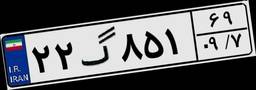
۲۲گ۸۵۱۶۹